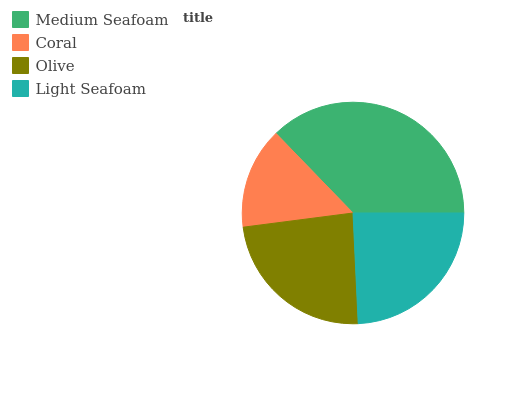
| Medium Seafoam | Coral | Olive | Light Seafoam |
 | --- | --- | --- | --- |
 | 37.3% | 14.8% | 23.7% | 24.2% |